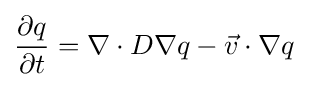
{\big .}{\frac {\partial q}{\partial t}}=\nabla \cdot D\nabla q-{\vec {v}}\cdot \nabla q